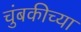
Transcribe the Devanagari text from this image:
चुंबकीच्या